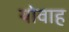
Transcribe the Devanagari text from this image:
योवाह